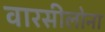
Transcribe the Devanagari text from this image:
वारसीलोना